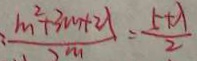
: \frac { m ^ { 2 } + 3 m + 2 \lambda } { 2 ^ { m } } = \frac { 5 + \lambda } { 2 }